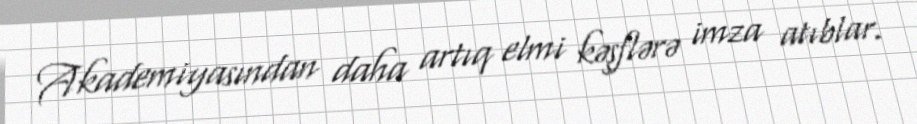
Akademiyasından daha artıq elmi kəşflərə imza atıblar.